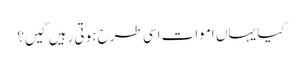
کیا یہاں اموات اسی طرح ہوتی رہیں گیں؟